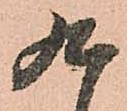
九